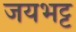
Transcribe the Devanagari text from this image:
जयभट्ट